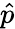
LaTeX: \hat{p}